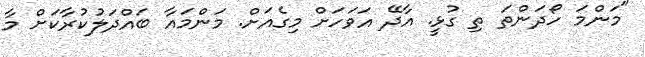
"މަންމަ ހޯދަންތަ ތި ގުޅީ. އާދޭ އަވަހަށް މިގެއަށް. މަންމައާ ބައްދަލުކުރާކަށް މާ